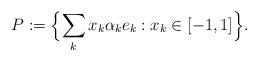
LaTeX: \begin{align*}P:= \Bigl\{\sum_k x_k\alpha_k e_k : x_k\in[-1, 1]\Bigr\}. \end{align*}